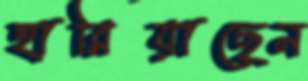
হারিয়াছেন